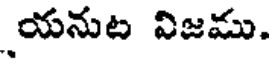
యనుట విజము.